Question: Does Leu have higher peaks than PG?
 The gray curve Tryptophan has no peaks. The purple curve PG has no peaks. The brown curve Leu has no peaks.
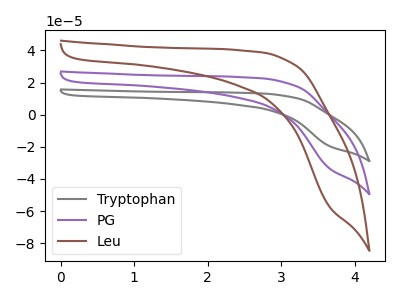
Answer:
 <answer>Niether CV has any peaks.</answer>
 <eval>blanks</eval>